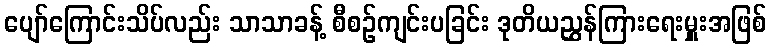
ပျော်ကြောင်းသိပ်လည်း သာသာခန့် စီစဉ်ကျင်းပခြင်း ဒုတိယညွှန်ကြားရေးမှူးအဖြစ်